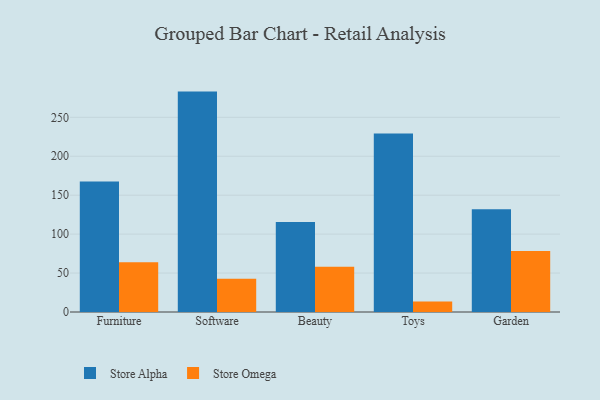
{"axis": {"x": "Category", "y": "Customer Acquisition Cost (USD)"}, "legend": ["Store Alpha", "Store Omega"], "data": [{"x": "Furniture", "y": 167.7, "type": "Store Alpha"}, {"x": "Furniture", "y": 63.8, "type": "Store Omega"}, {"x": "Software", "y": 283.0, "type": "Store Alpha"}, {"x": "Software", "y": 42.6, "type": "Store Omega"}, {"x": "Beauty", "y": 115.7, "type": "Store Alpha"}, {"x": "Beauty", "y": 58.2, "type": "Store Omega"}, {"x": "Toys", "y": 229.3, "type": "Store Alpha"}, {"x": "Toys", "y": 13.4, "type": "Store Omega"}, {"x": "Garden", "y": 131.9, "type": "Store Alpha"}, {"x": "Garden", "y": 78.2, "type": "Store Omega"}]}